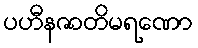
ပဟီနဇာတိမရဏော